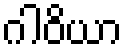
ဂါဝိယာ